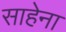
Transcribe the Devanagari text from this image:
साहेना